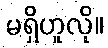
မရှိဟူလို။